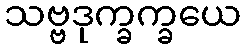
သဗ္ဗဒုက္ခက္ခယေ